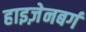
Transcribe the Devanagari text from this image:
हाइज़ेनबर्ग